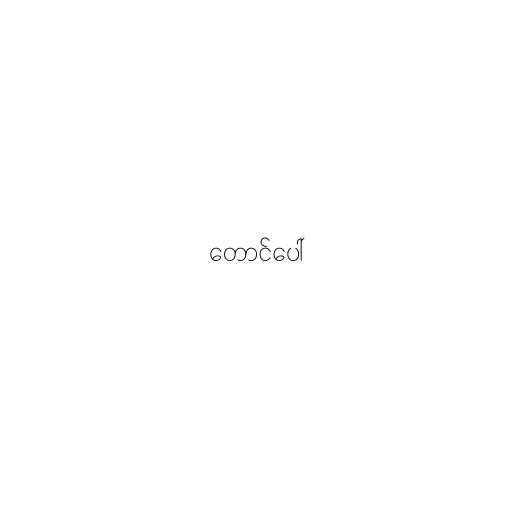
တောင်ပေါ်